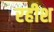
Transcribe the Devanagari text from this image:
रहीश